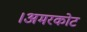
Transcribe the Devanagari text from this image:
।अमरकोट